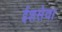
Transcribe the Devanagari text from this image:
ईशसेवा